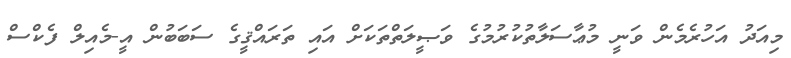
މިއަދު އަހުރެމެން ވަނީ މުޢާސަލާތުކުރުމުގެ ވަޞީލަތްތަކަށް އައި ތަރައްޤީގެ ސަބަބުން އީ-މެއިލް ފެކްސް